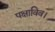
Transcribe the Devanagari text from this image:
पक्षाविव।